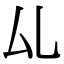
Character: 𠫖